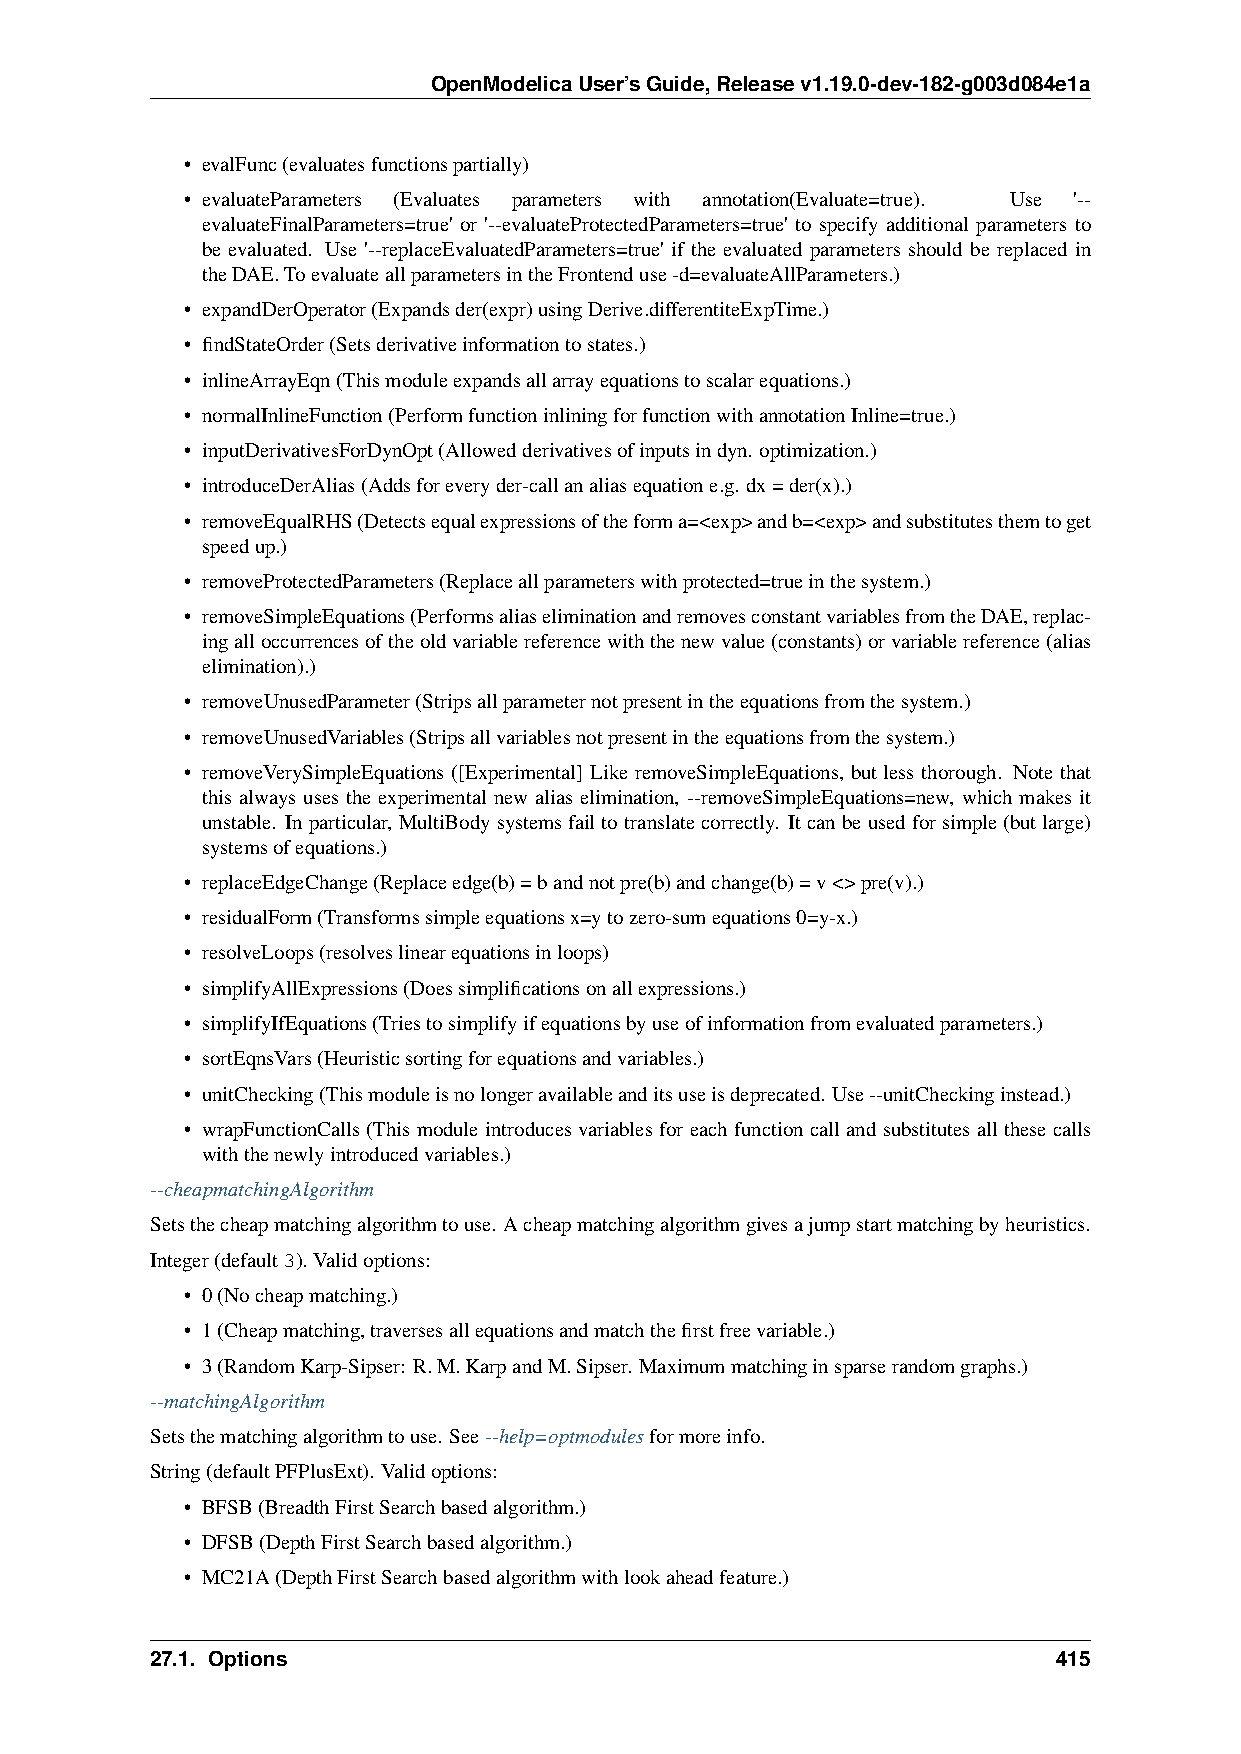
OpenModelicaUser’sGuide,Releasev1.19.0-dev-182-g003d084e1a
 • evalFunc(evaluatesfunctionspartially)
 • evaluateParameters (Evaluates parameters with annotation(Evaluate=true). Use '--
 evaluateFinalParameters=true' or '--evaluateProtectedParameters=true' to specify additional parameters to
 be evaluated. Use '--replaceEvaluatedParameters=true' if the evaluated parameters should be replaced in
 theDAE.ToevaluateallparametersintheFrontenduse-d=evaluateAllParameters.)
 • expandDerOperator(Expandsder(expr)usingDerive.differentiteExpTime.)
 • findStateOrder(Setsderivativeinformationtostates.)
 • inlineArrayEqn(Thismoduleexpandsallarrayequationstoscalarequations.)
 • normalInlineFunction(PerformfunctioninliningforfunctionwithannotationInline=true.)
 • inputDerivativesForDynOpt(Allowedderivativesofinputsindyn. optimization.)
 • introduceDerAlias(Addsforeveryder-callanaliasequatione.g. dx=der(x).)
 • removeEqualRHS(Detectsequalexpressionsoftheforma=<exp>andb=<exp>andsubstitutesthemtoget
 speedup.)
 • removeProtectedParameters(Replaceallparameterswithprotected=trueinthesystem.)
 • removeSimpleEquations(PerformsaliaseliminationandremovesconstantvariablesfromtheDAE,replac-
 ingalloccurrencesoftheoldvariablereferencewiththenewvalue(constants)orvariablereference(alias
 elimination).)
 • removeUnusedParameter(Stripsallparameternotpresentintheequationsfromthesystem.)
 • removeUnusedVariables(Stripsallvariablesnotpresentintheequationsfromthesystem.)
 • removeVerySimpleEquations ([Experimental] Like removeSimpleEquations, but less thorough. Note that
 this always uses the experimental new alias elimination, --removeSimpleEquations=new, which makes it
 unstable. Inparticular, MultiBodysystemsfailtotranslatecorrectly. Itcanbeusedforsimple(butlarge)
 systemsofequations.)
 • replaceEdgeChange(Replaceedge(b)=bandnotpre(b)andchange(b)=v<>pre(v).)
 • residualForm(Transformssimpleequationsx=ytozero-sumequations0=y-x.)
 • resolveLoops(resolveslinearequationsinloops)
 • simplifyAllExpressions(Doessimplificationsonallexpressions.)
 • simplifyIfEquations(Triestosimplifyifequationsbyuseofinformationfromevaluatedparameters.)
 • sortEqnsVars(Heuristicsortingforequationsandvariables.)
 • unitChecking(Thismoduleisnolongeravailableanditsuseisdeprecated. Use--unitCheckinginstead.)
 • wrapFunctionCalls (This module introduces variables for each function call and substitutes all these calls
 withthenewlyintroducedvariables.)
 --cheapmatchingAlgorithm
 Setsthecheapmatchingalgorithmtouse. Acheapmatchingalgorithmgivesajumpstartmatchingbyheuristics.
 Integer(default3). Validoptions:
 • 0(Nocheapmatching.)
 • 1(Cheapmatching,traversesallequationsandmatchthefirstfreevariable.)
 • 3(RandomKarp-Sipser: R.M.KarpandM.Sipser. Maximummatchinginsparserandomgraphs.)
 --matchingAlgorithm
 Setsthematchingalgorithmtouse. See--help=optmodulesformoreinfo.
 String(defaultPFPlusExt). Validoptions:
 • BFSB(BreadthFirstSearchbasedalgorithm.)
 • DFSB(DepthFirstSearchbasedalgorithm.)
 • MC21A(DepthFirstSearchbasedalgorithmwithlookaheadfeature.)
 27.1. Options                                               415